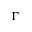
\Gamma